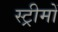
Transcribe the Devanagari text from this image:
स्ट्रीमों